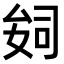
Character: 𫨪